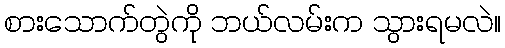
စားသောက်တွဲကို ဘယ်လမ်းက သွားရမလဲ။